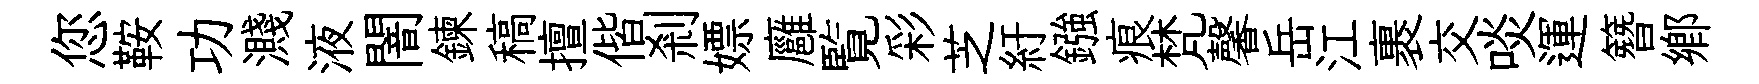
您鞍功濺液闇鍊稿擅偕剎嫖廱覧彩芝紆鏹痕梵馨岳江裹交啖運簪鄕